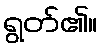
ရွတ်၏။